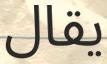
يقال